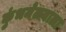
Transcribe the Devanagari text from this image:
कुंभमेळ्याला